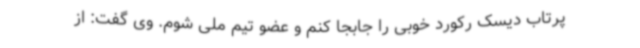
پرتاب دیسک رکورد خوبی را جابجا کنم و عضو تیم ملی شوم. وی گفت: از